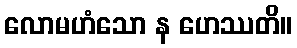
လောမဟံသော န ဟေဿတိ။